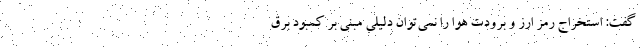
گفت: استخراج رمز ارز و برودت هوا را نمی‌توان دلیلی مبنی بر کمبود برق